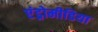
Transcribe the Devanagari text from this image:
एंड्रोमीडिया